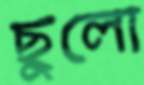
ছুলো